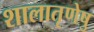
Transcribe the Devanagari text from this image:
शालातृणेषु